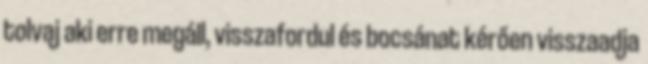
tolvaj aki erre megáll, visszafordul és bocsánat kérően visszaadja